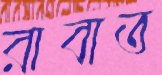
রাবাত